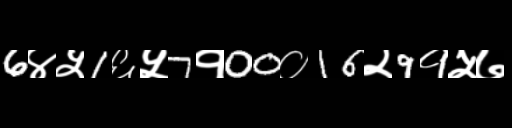
Text: 6४५1६५7१00०16२9१५७